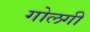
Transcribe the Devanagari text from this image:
गोलगी